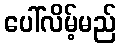
ပေါ်လိမ့်မည်